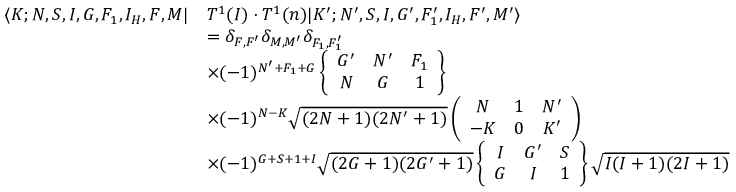
\begin{array} { r l } { \langle K ; N , S , I , G , F _ { 1 } , I _ { H } , F , M | } & { T ^ { 1 } ( I ) \cdot T ^ { 1 } ( n ) | K ^ { \prime } ; N ^ { \prime } , S , I , G ^ { \prime } , F _ { 1 } ^ { \prime } , I _ { H } , F ^ { \prime } , M ^ { \prime } \rangle } \\ & { = \delta _ { F , F ^ { \prime } } \delta _ { M , M ^ { \prime } } \delta _ { F _ { 1 } , F _ { 1 } ^ { \prime } } } \\ & { \times ( - 1 ) ^ { N ^ { \prime } + F _ { 1 } + G } \left\{ \begin{array} { c c c } { G ^ { \prime } } & { N ^ { \prime } } & { F _ { 1 } } \\ { N } & { G } & { 1 } \end{array} \right\} } \\ & { \times ( - 1 ) ^ { N - K } \sqrt { ( 2 N + 1 ) ( 2 N ^ { \prime } + 1 ) } \left( \begin{array} { c c c } { N } & { 1 } & { N ^ { \prime } } \\ { - K } & { 0 } & { K ^ { \prime } } \end{array} \right) } \\ & { \times ( - 1 ) ^ { G + S + 1 + I } \sqrt { ( 2 G + 1 ) ( 2 G ^ { \prime } + 1 ) } \left\{ \begin{array} { c c c } { I } & { G ^ { \prime } } & { S } \\ { G } & { I } & { 1 } \end{array} \right\} \sqrt { I ( I + 1 ) ( 2 I + 1 ) } } \end{array}